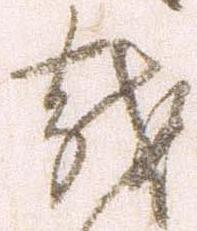
越